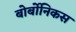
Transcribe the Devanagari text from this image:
बोर्बोनिकस